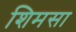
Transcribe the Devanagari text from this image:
शिमसा